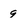
Character: q